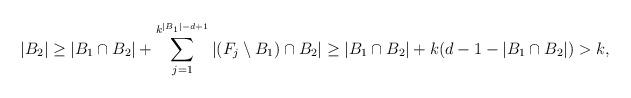
LaTeX: \begin{align*}\begin{aligned}|B_2|\geq |B_1\cap B_2|+\sum_{j=1}^{k^{|B_1|-d+1}}|(F_j\setminus B_1)\cap B_2|\geq |B_1\cap B_2|+k(d-1-|B_1\cap B_2|)>k,\end{aligned}\end{align*}